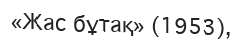
«Жас бұтақ» (1953),